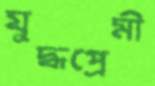
যুদ্ধপ্রেমী